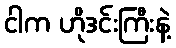
ငါက ဟိုဒင်းကြီးနဲ့